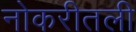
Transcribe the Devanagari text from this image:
नोकरीतली